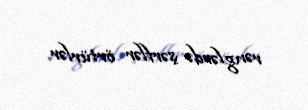
rənglərdə şərflər örtürlər.